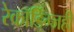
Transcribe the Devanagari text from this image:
रेकॉर्डिंग्जही